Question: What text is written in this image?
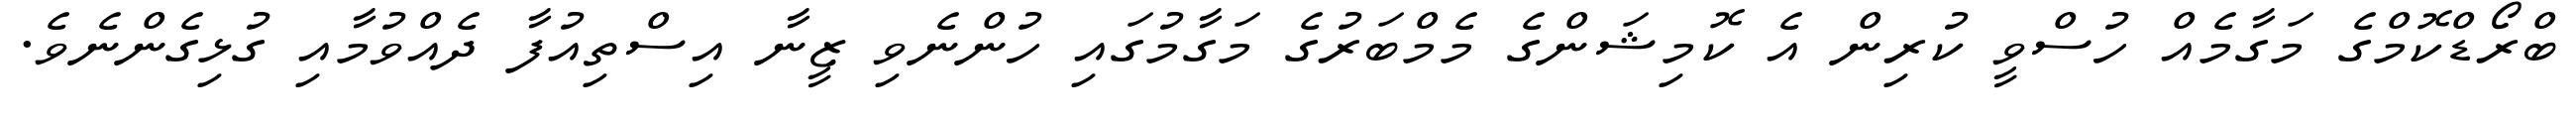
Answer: ބްރޯޑްކޮމްގެ މަގާމެއް ހުސްވީ ކުރިން އެ ކޮމިޝަންގެ މެމްބަރުގެ މަގާމުގައި ހުންނެވި ޒީނާ އިސްތިއުފާ ދެއްވުމާއި ގުޅިގެންނެވެ.